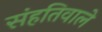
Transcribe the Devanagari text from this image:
संहतिवाले